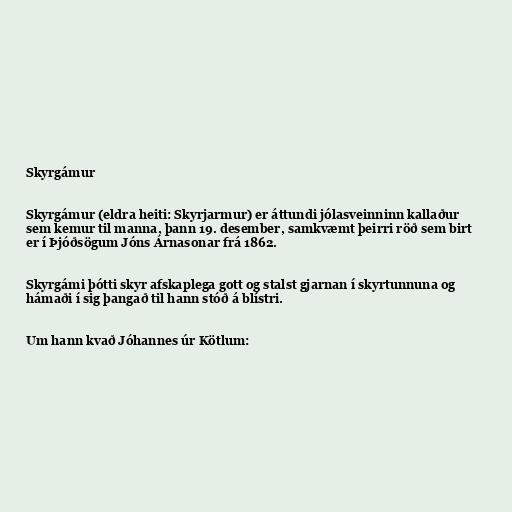
Skyrgámur

Skyrgámur (eldra heiti: Skyrjarmur) er áttundi jólasveinninn kallaður
sem kemur til manna, þann 19. desember, samkvæmt þeirri röð sem birt
er í Þjóðsögum Jóns Árnasonar frá 1862.

Skyrgámi þótti skyr afskaplega gott og stalst gjarnan í skyrtunnuna og
hámaði í sig þangað til hann stóð á blístri.

Um hann kvað Jóhannes úr Kötlum: